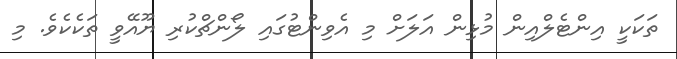
ތަކަކީ އިންޓެލްއިން މުޅިން އަލަށް މި އެވިންޓުގައި ލޯންޗްކުރި ޔޫއޭވީ ތަކެކެވެ. މި